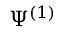
\Psi ^ { ( 1 ) }